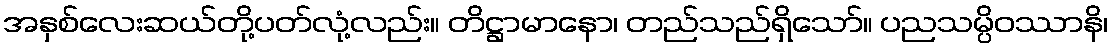
အနှစ်လေးဆယ်တို့ပတ်လုံ့လည်း။ တိဋ္ဌာမာနော၊ တည်သည်ရှိသော်။ ပညသမ္ပိဝဿာနိ၊